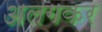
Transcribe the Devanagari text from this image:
अलगकर